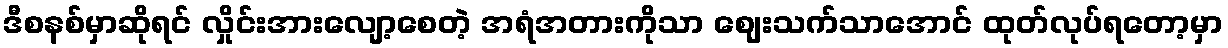
ဒီစနစ်မှာဆိုရင် လှိုင်းအားလျော့စေတဲ့ အရံအတားကိုသာ ဈေးသက်သာအောင် ထုတ်လုပ်ရတော့မှာ